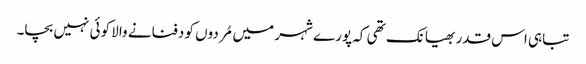
تباہی اس قدر بھیانک تھی کہ پورے شہر میں مُردوں کو دفنانے والا کوئی نہیں بچا۔